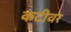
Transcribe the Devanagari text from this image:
कटीवर